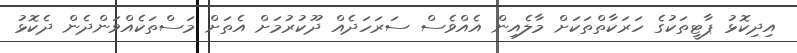
އިދިކޮޅު ޕާޓީތަކުގެ ހަރަކާތްތަކަށް މާލެއިން އެއްވެސް ސަރަހަދެއް ދޫކުރުމަށް އެތަށް މަސްތަކެއްވަންދެން ދެކޮޅު